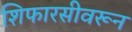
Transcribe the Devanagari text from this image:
शिफारसीवरून